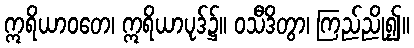
ဣရိယာဝတေ၊ ဣရိယာပုဒ်၌။ ဝသီဒိတွာ၊ ကြည်ညို၍။